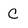
Character: C